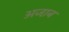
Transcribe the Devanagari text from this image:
अजा़ब